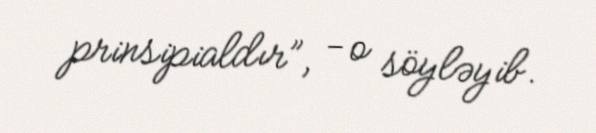
prinsipialdır”, - o söyləyib.